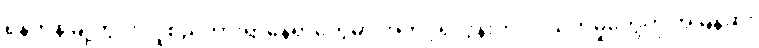
ရန်ကုန်မြို့တွင်း လူစည်ကားရာနေရာတွေမှာ အတင့်ရဲလွန်းတဲ့ လုယက်မှုတွေကို အမြန်ဆုံး